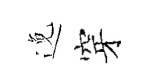
𨓜穿